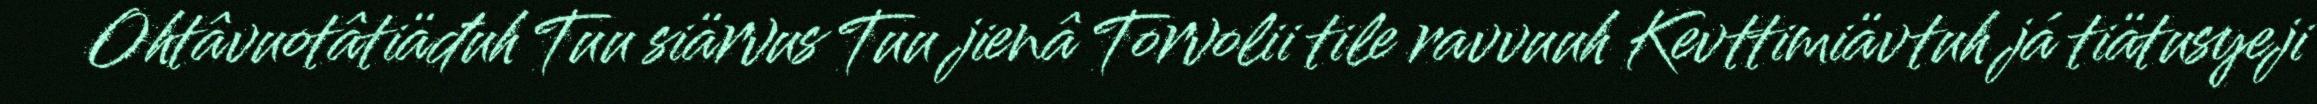
Ohtâvuotâtiäđuh Tuu siärvus Tuu jienâ Torvolii tile ravvuuh Kevttimiävtuh já tiätusyeji